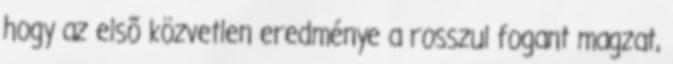
hogy az elsõ közvetlen eredménye a rosszul fogant magzat,